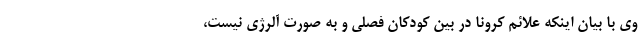
وی با بیان اینکه علائم کرونا در بین کودکان فصلی و به صورت آلرژی نیست،